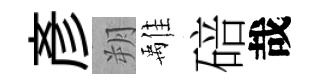
彥朔𩀌碚哉